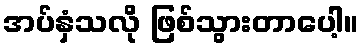
အပ်နှံသလို ဖြစ်သွားတာပေါ့။